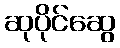
ဆုပိုင်ဆွေ